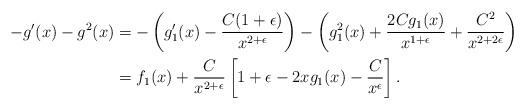
LaTeX: \begin{align*}-g'(x) - g^2(x)&= -\left(g_1'(x) - \frac{C(1 + \epsilon)}{x^{2 + \epsilon}}\right) - \left(g_1^2(x) + \frac{2Cg_1(x)}{x^{1 + \epsilon}} + \frac{C^2}{x^{2 + 2\epsilon}}\right)\\&= f_1(x) + \frac{C}{x^{2 + \epsilon}}\left[1 + \epsilon - 2x g_1(x) - \frac{C}{x^\epsilon}\right].\end{align*}